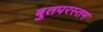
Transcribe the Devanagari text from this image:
बुतपरस्तम